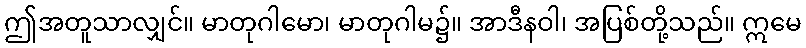
ဤအတူသာလျှင်။ မာတုဂါမော၊ မာတုဂါမ၌။ အာဒီနဝါ၊ အပြစ်တို့သည်။ ဣမေ